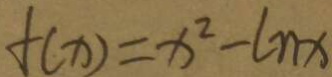
f ( x ) = x ^ { 2 } - \ln x